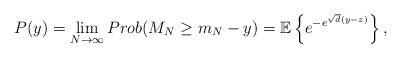
\begin{align*}P(y)=\lim_{N\to \infty} Prob(M_N \ge m_N-y)=\mathbb{E}\left\{e^{-e^{\sqrt{d}(y-z)}}\right\},\end{align*}